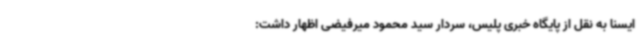
ایسنا به نقل از پایگاه خبری پلیس، سردار سید محمود میرفیضی اظهار داشت: